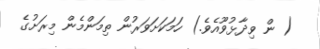
( ން ވިދާޅުވޫއެވެ.) ހަމަކަށަވަރުން ތިމަންމެން މިރަށުގެ